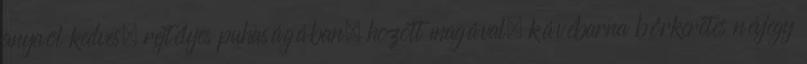
anyaöl kedves, rejtélyes puhaságában. hozott magával, kávébarna bőrkeretes névjegy